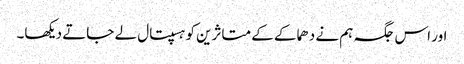
اور اس جگہ ہم نے دھماکے کے متاثرین کو ہسپتال لے جاتے دیکھا۔